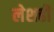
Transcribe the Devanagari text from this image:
लेशही